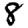
Digit: 8